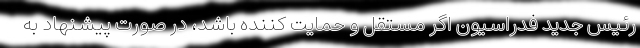
رئیس جدید فدراسیون اگر مستقل و حمایت کننده باشد، در صورت پیشنهاد به